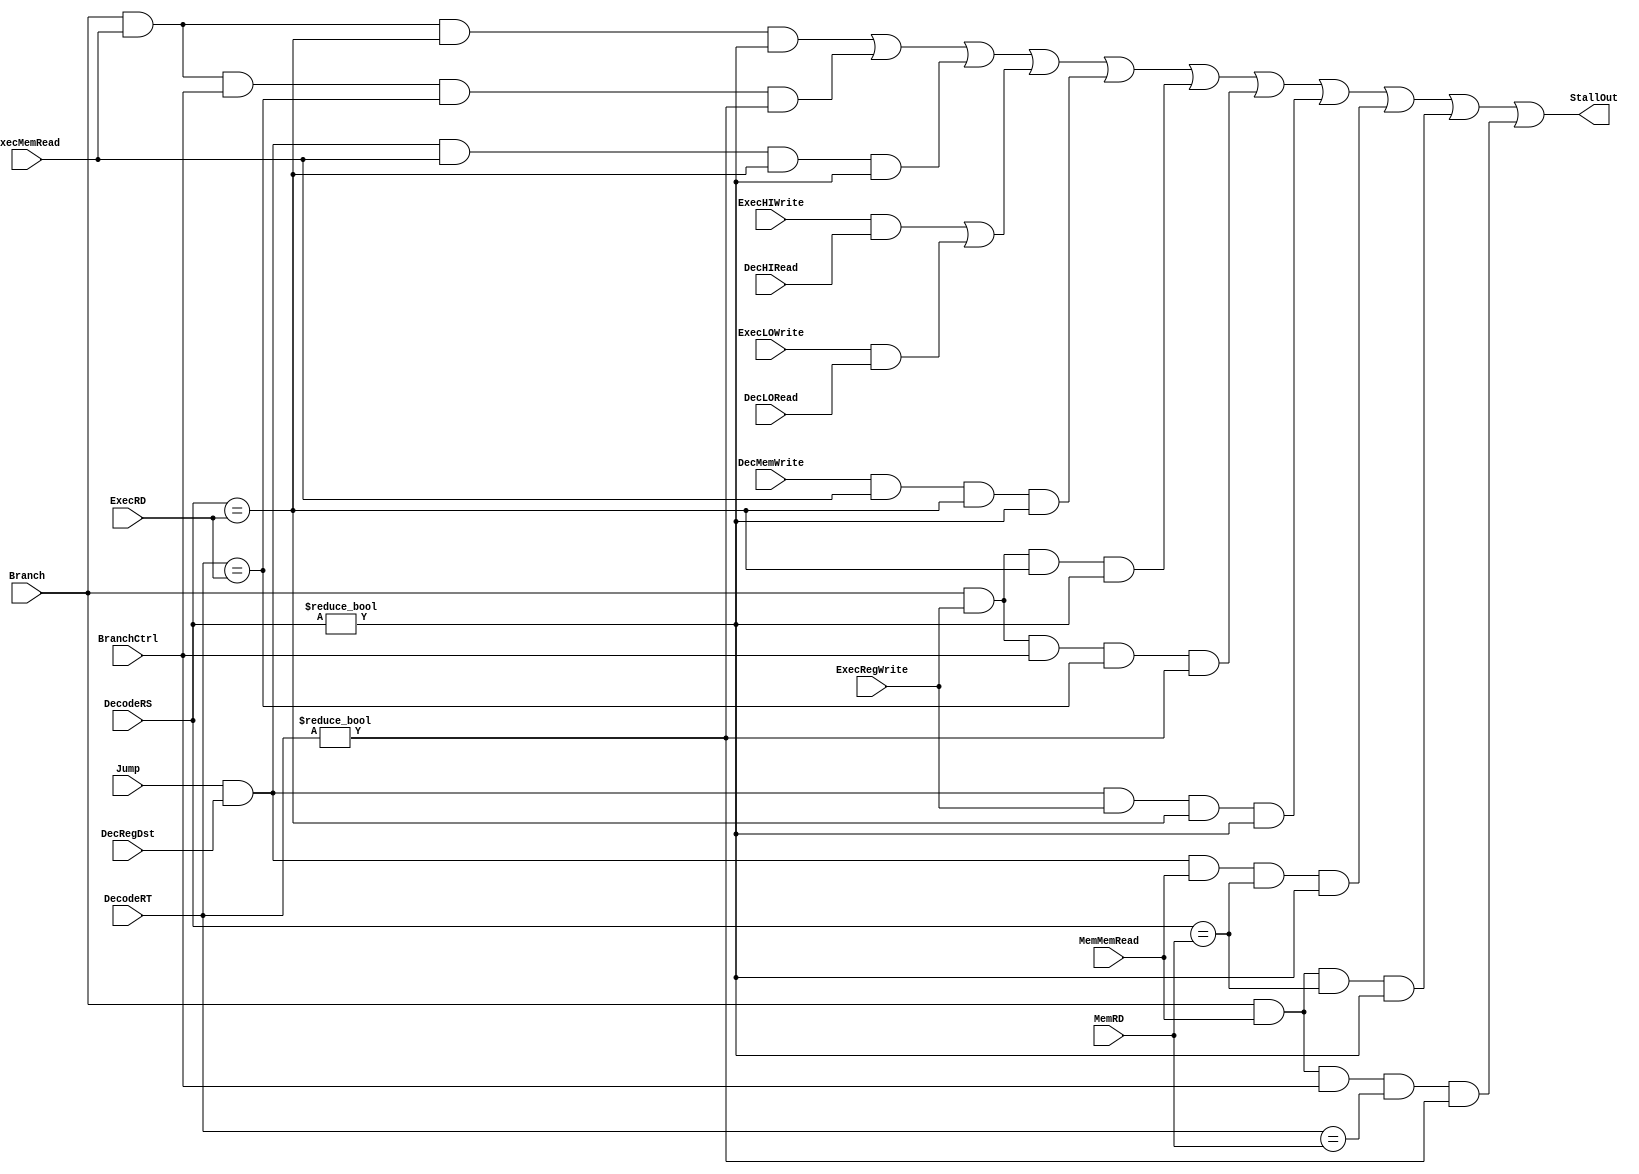
`timescale 1ns / 1ps
//////////////////////////////////////////////////////////////////////////////////
// Company: 
// Engineer: 
// 
// Design Name: 
// Module Name: HazardDetectionUnit
// Project Name: 
// Target Devices: 
// Tool Versions: 
// Description: 
// 
// Dependencies: 
// 
// Revision:
// Revision 0.01 - File Created
// Additional Comments:
// 
//////////////////////////////////////////////////////////////////////////////////


module HazardDetectionUnit(Branch, BranchCtrl, Jump, ExecMemRead, MemMemRead, DecRegDst, ExecRegWrite, 
                           ExecHIWrite, ExecLOWrite, DecHIRead, DecLORead, DecodeRS, DecodeRT, 
                           ExecRD, MemRD, DecMemWrite, StallOut);
    input Branch, Jump, ExecMemRead, DecRegDst, ExecRegWrite, BranchCtrl, ExecHIWrite, ExecLOWrite, DecHIRead, DecLORead, DecMemWrite, MemMemRead;
    input [4:0] DecodeRS, DecodeRT, ExecRD, MemRD;
    (* mark_debug = "true" *) output StallOut;
    
    assign StallOut = (Branch && ExecMemRead && DecodeRS == ExecRD && DecodeRS != 0) 
                || (Branch && ExecMemRead && BranchCtrl && DecodeRT == ExecRD && DecodeRT != 0)
                || (Jump && DecRegDst && ExecMemRead && DecodeRS == ExecRD && DecodeRS != 0)
                || (ExecHIWrite && DecHIRead || ExecLOWrite && DecLORead)
                || (DecMemWrite && ExecMemRead && DecodeRS == ExecRD && DecodeRS != 0)
                || (Branch && ExecRegWrite && DecodeRS == ExecRD && DecodeRS != 0)
                || (Branch && ExecRegWrite && BranchCtrl && DecodeRT == ExecRD && DecodeRT != 0)
                || (Jump && DecRegDst && ExecRegWrite && DecodeRS == ExecRD && DecodeRS != 0)
                || (Jump && DecRegDst && MemMemRead && DecodeRS == MemRD && DecodeRS != 0)
                || (Branch && MemMemRead && DecodeRS == MemRD && DecodeRS != 0) 
                || (Branch && MemMemRead && BranchCtrl && DecodeRT == MemRD && DecodeRT != 0);
    /*output reg StallOut;
    
    initial begin
        StallOut <= 1'b0;
    end
    always@(*) begin
        StallOut <= 0;
        if((Branch && ExecMemRead && DecodeRS == ExecRD && DecodeRS != 0) 
            || (Jump && DecRegDst && ExecMemRead && DecodeRS == ExecRD && DecodeRS != 0)
            || (Branch && ExecMemRead && BranchCtrl && DecodeRT == ExecRD && DecodeRT != 0)
            || (ExecHIWrite && DecHIRead || ExecLOWrite && DecLORead)
            || (DecMemWrite && ExecMemRead && DecodeRT == ExecRD && DecodeRT != 0)
            || (Branch && ExecRegWrite && DecodeRS == ExecRD && DecodeRS != 0)
            || (Branch && ExecRegWrite && BranchCtrl && DecodeRT == ExecRD && DecodeRT != 0)
            || (Jump && DecRegDst && ExecRegWrite && DecodeRS == ExecRD && DecodeRS != 0)
            || (Jump && DecRegDst && MemMemRead && DecodeRS == MemRD && DecodeRS != 0)
            || (Branch && MemMemRead && DecodeRS == MemRD && DecodeRS != 0) 
            || (Branch && MemMemRead && BranchCtrl && DecodeRT == MemRD && DecodeRT != 0)) begin
            StallOut <= 1;
        end
    end*/
endmodule